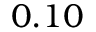
0 . 1 0